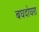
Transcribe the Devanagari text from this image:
बघदोघरा